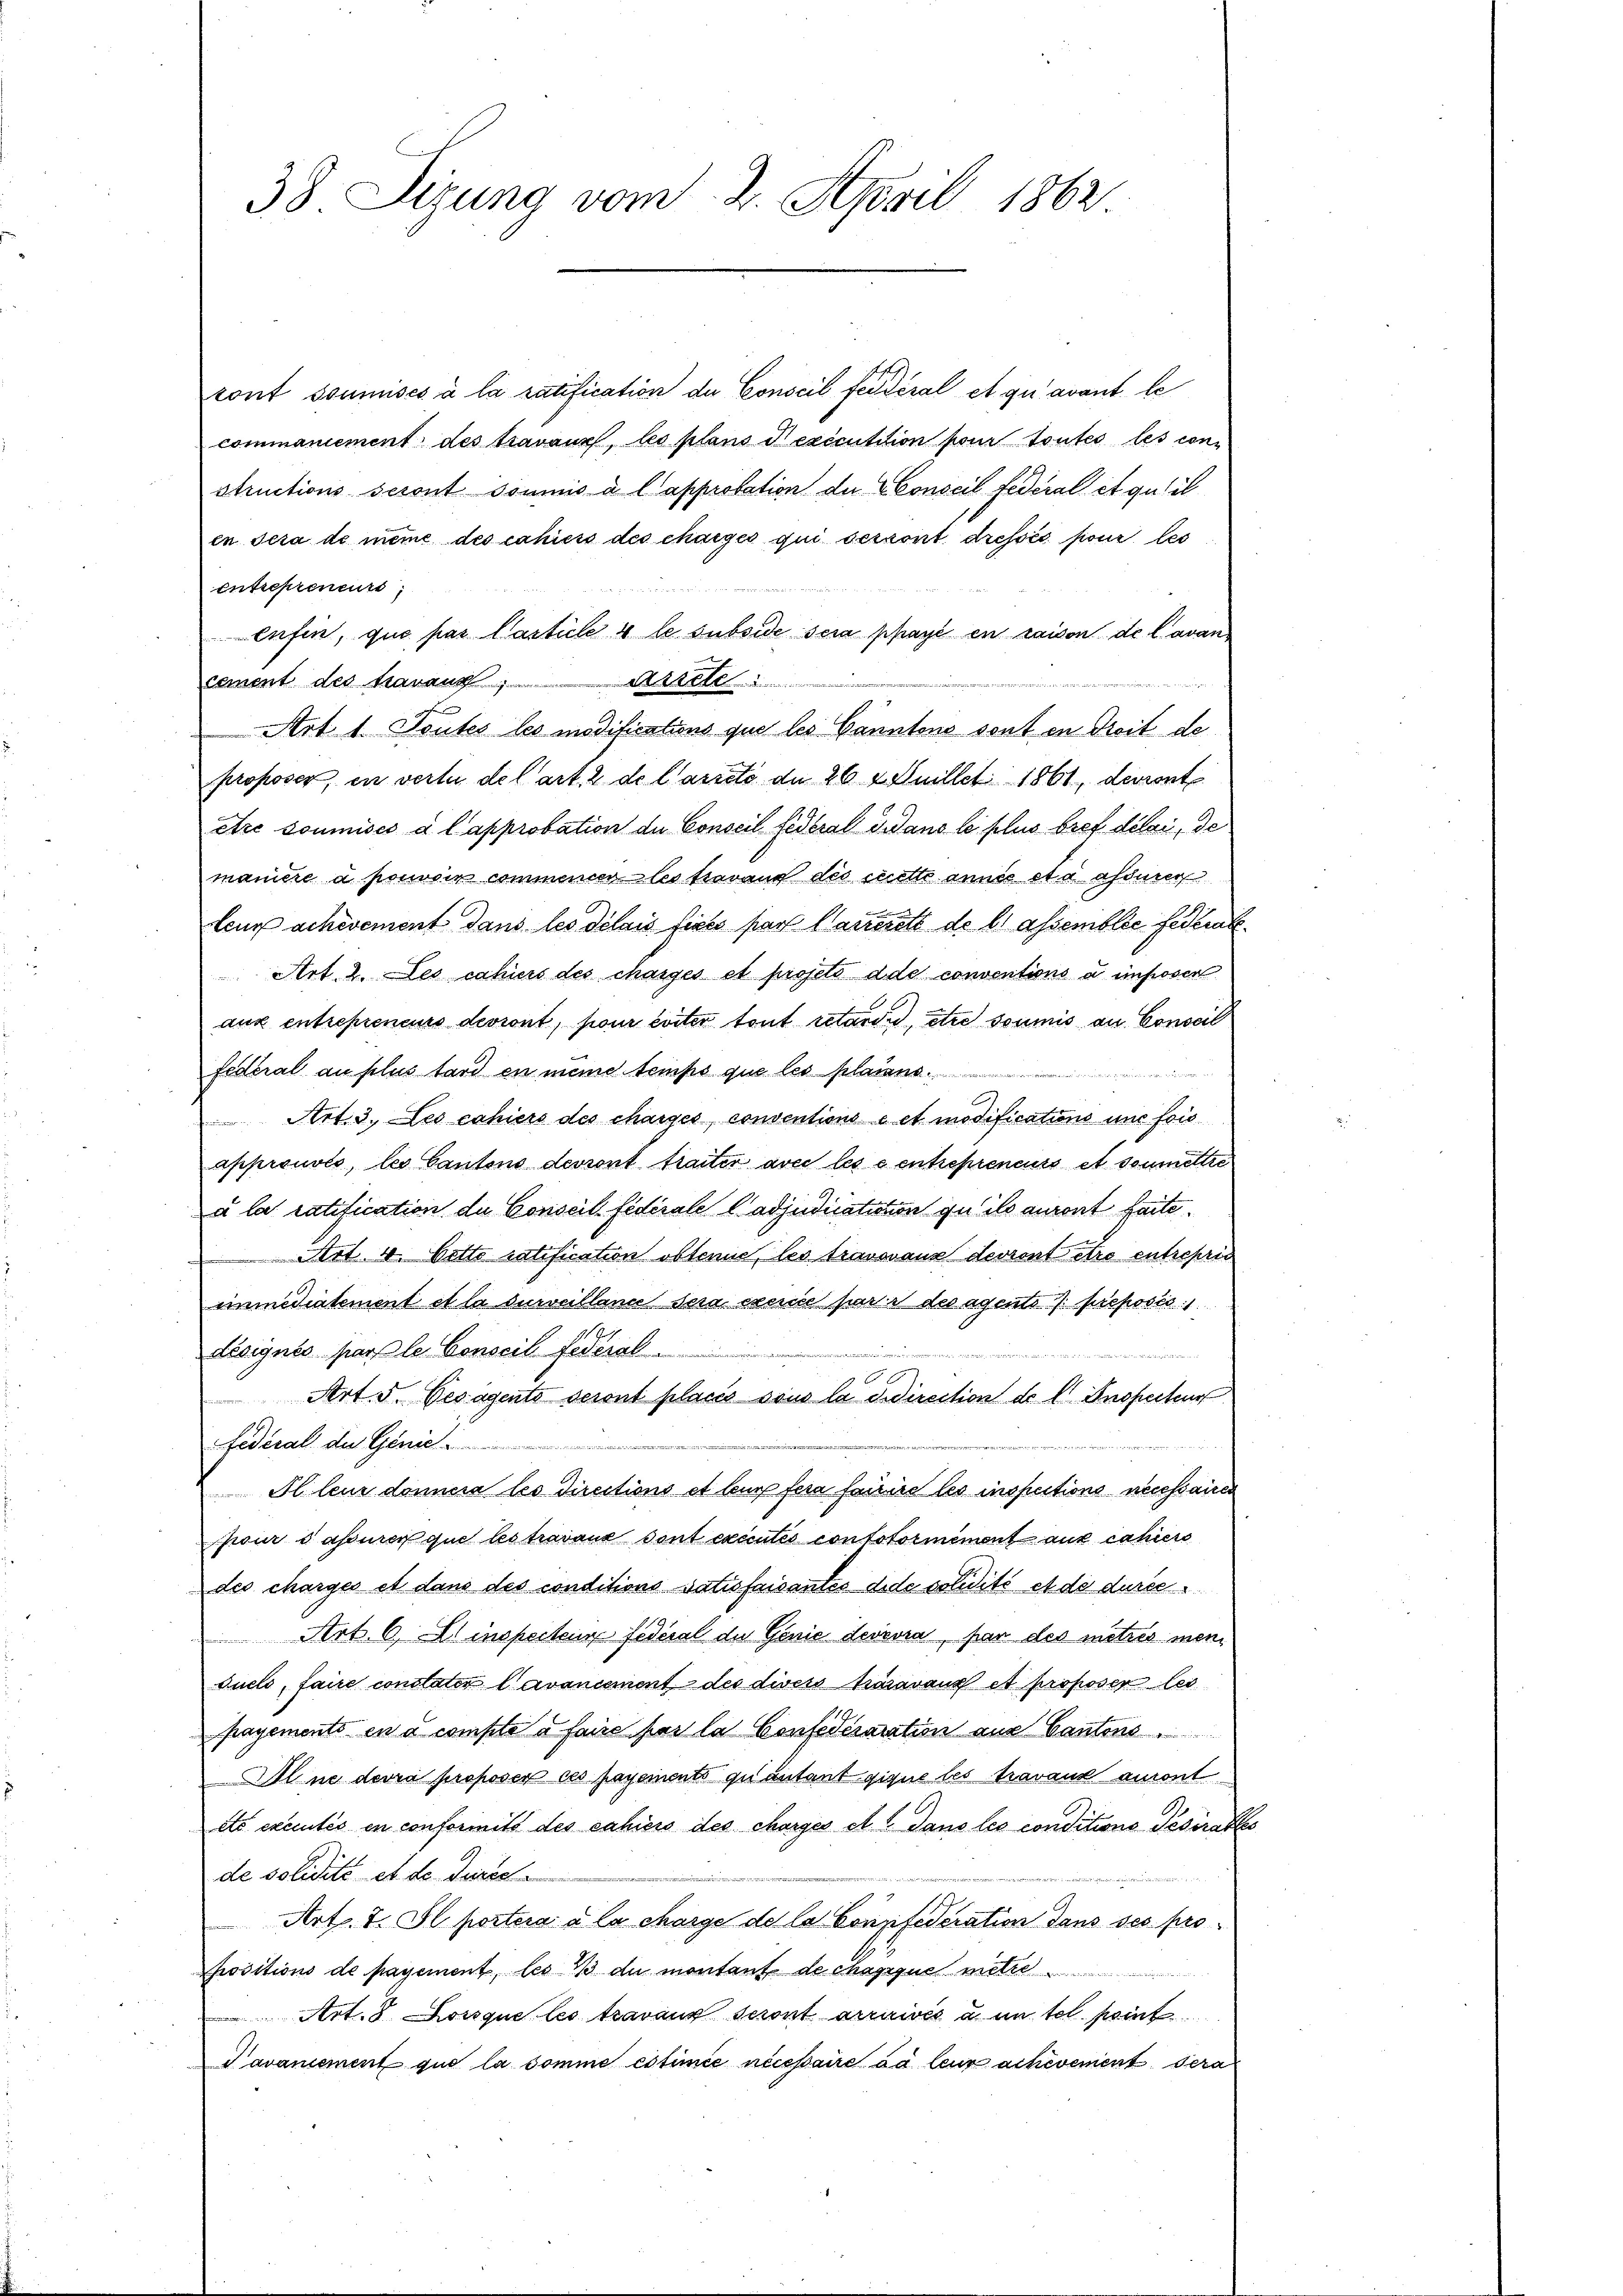
38. Sizung vom 2. April 1862

ront soumises à la ratification de Conseil fédéral et qu’avant le
commaniement des travaux, les plans Texécutition pour toutes les con-
structions seront soumis à l’approbation der Conseil Federal et qu’il
en sera de meine des cahiers des charges qui seront dressés pour les
entrepreneurs,
eufen, que par Casticle 4 le subside sera payé en raison de l avan¬
Aarell
cement des Maraus
Art. 1. Toutes les modifications que les Cantons sont in Dreit de
proposer, in verlei del art. 2 de Carrste de 26 deuillet 1861, devront
Atre soumises a l approbation de Conseil fédéral Gedans le plus bref délai, de
manière à pouvoir commencer les travand des cette annes eta assurer
teur achevement dans les délais fixés par Marierett de lassemblie Federat
Art. 2. Les cahiers des charges et projeto dde conventions a imposer
aux entrepreneurs devront, pour criter tout retardis, etce soumis an Conseil
federal au plus tard in meine temps que les plains.
Art. 3. Les cahiers des charges, conventions cet modifications uns fois
approuvés, les Cantons devront traiter avec les e entreprenes et soumette
u la ratification de Conseil fédérale ladjudicatation qu’ils auront faite.
 Art. 4. Cetto ratification obtenne, les travoraus devront être entreprie
immédiatement et la surveillance sera exerce parr des agento proposi
désignés par le Conseil Federal
eter der ritte
Art. 5. Besagento seront placis sous la didirection de l. Inspectur
federal des Genie . . . . . . . . . . . . . .
Il leur donnera les Directions et leur fera fairire les inspections necessaires
pour daurer que les travaux dont excentes contotormément auf dahier
des charges et dans des conditions Satisfaisantes dede solidité et de durce¬
 Art. 6, Alinspecteur Federal der Genie dessora, par des metris mein
suels, faire constater l’avancement des diseso Karavaux et proposer les
payements en a compte à faire par la Confideraration aus Cantons
Ulne devra proposer ces payements quantant gique les travaux auront
etc executis en conformitt des cahiers des charges et 1 Jans les conditions Tesirates
de solidité et der Direc
treue,
Art. 7. Il postera à la charge de la Conpfederation dans ses propositions de payement, les B du montant de chaprque mette
Art. 8. Lorsque les travaux seront arrivés à un tel point
Tavancement que la somme estimie necessaire sa leur achevement sera